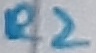
Text: R2